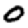
Digit: 0